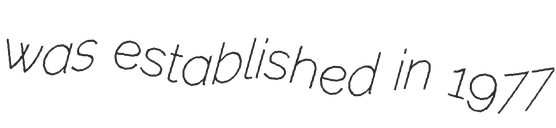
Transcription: was established in 1977